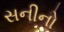
સનીનો